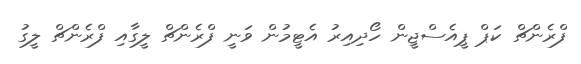
ފްރެންޗް ކަޕް ޕީއެސްޖީން ހޯދިއިރު އެޓީމުން ވަނީ ފްރެންޗް ލީގާއި ފްރެންޗް ލީގު